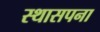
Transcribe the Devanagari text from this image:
स्थासपना